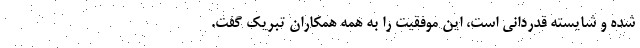
شده و شایسته قدردانی است، این موفقیت را به همه همکاران تبریک گفت.